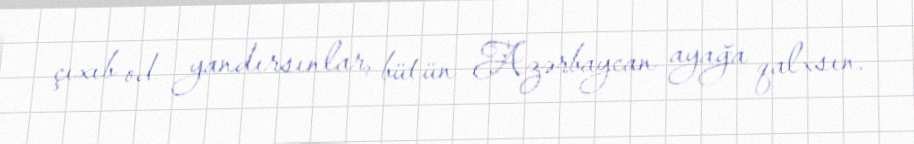
çıxıb od yandırsınlar, bütün Azərbaycan ayağa qalxsın.